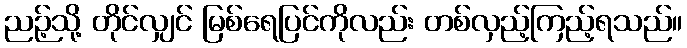
ညဉ့်သို့ တိုင်လျှင် မြစ်ရေပြင်ကိုလည်း တစ်လှည့်ကြည့်ရသည်။